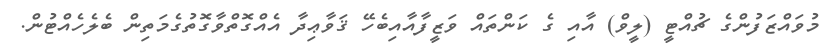
މުވައްޒަފުންގެ ޗުއްޓީ (ލީވް) އާއި ގެ ކަންތައް ވަޒީފާއާއިބެހޭ ޤަވާޢިދާ އެއްގޮތްވާގޮތުގެމަތިން ބެލެހެއްޓުން.